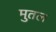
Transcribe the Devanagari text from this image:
मुतल